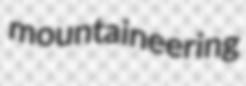
mountaineering